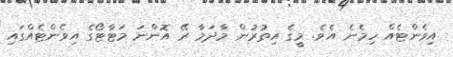
އިވެންޓެއް ހިމެނެ އެވެ. މީގެ އިތުރުން މާދަމާ ރޭ އޮންނަ މަޓާޓޯގެ އިވެންޓެއްގައި